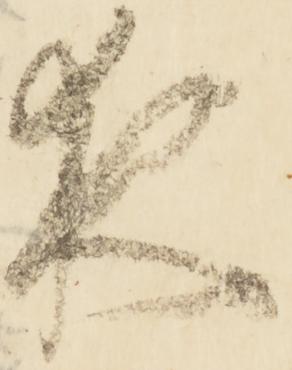
夜